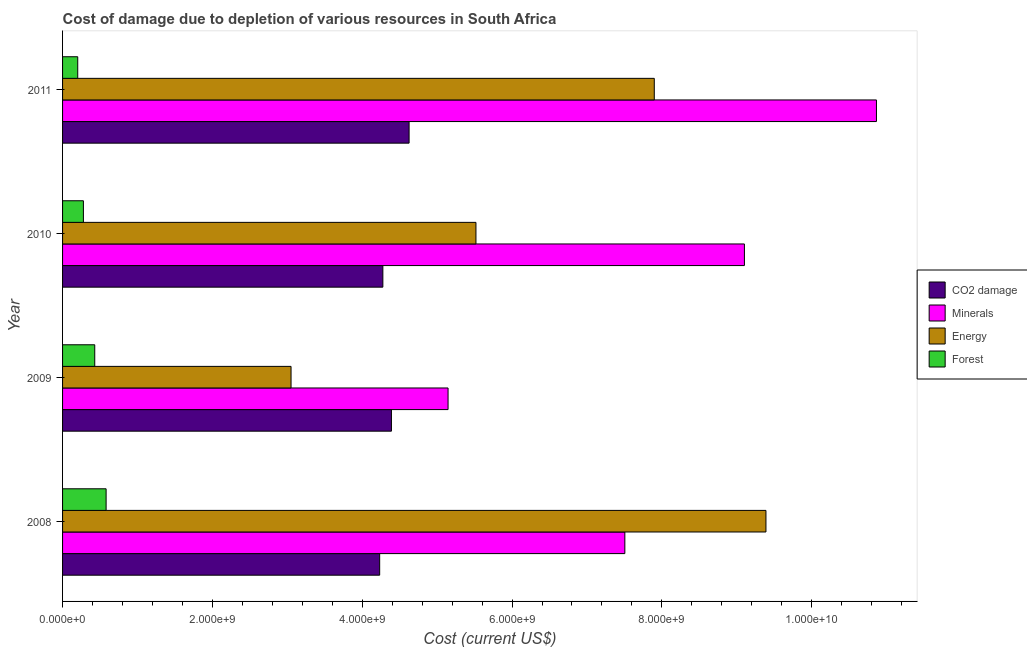
| Year | CO2 damage | Minerals | Energy | Forest |
 | --- | --- | --- | --- | --- |
 | 2008 | 4.23e+09 | 7.51e+09 | 9.39e+09 | 5.81e+08 |
 | 2009 | 4.39e+09 | 5.15e+09 | 3.05e+09 | 4.3e+08 |
 | 2010 | 4.28e+09 | 9.1e+09 | 5.52e+09 | 2.78e+08 |
 | 2011 | 4.63e+09 | 1.09e+10 | 7.9e+09 | 2.02e+08 |